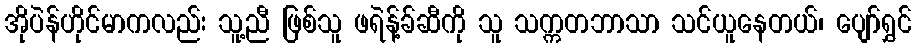
အိုပဲန်ဟိုင်မာကလည်း သူ့ညီ ဖြစ်သူ ဖရဲန့်ခ်ဆီကို သူ သက္ကတဘာသာ သင်ယူနေတယ်၊ ပျော်ရွှင်